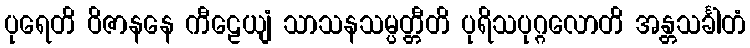
ပုရေတိ ဝိဇာနနေ ကီဠေယျံ သာသနသမ္ပတ္တီတိ ပုရိသပုဂ္ဂလောတိ အန္တသင်္ခါတံ